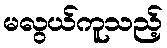
မလွယ်ကူသည့်